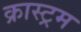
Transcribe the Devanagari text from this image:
क्रास्ट्रम